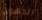
الدهون